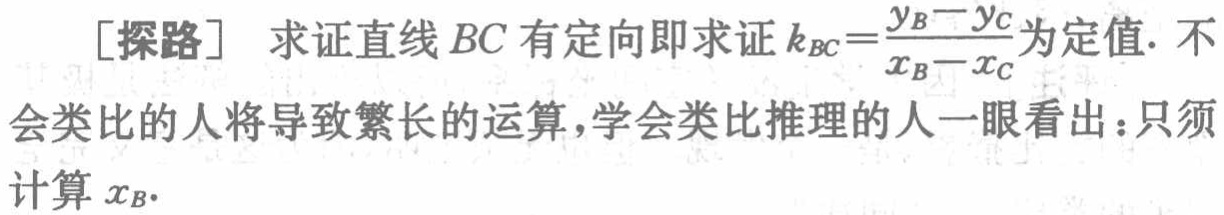
[探路] 求证直线 \(BC\) 有定向即求证 \(k_{BC}=\frac{y_{B}-y_{C}}{x_{B}-x_{C}}\) 为定值. 不会类比的人将导致繁长的运算,学会类比推理的人一眼看出：只须计算 \(x_{B}\).